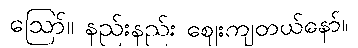
ဪ။ နည်းနည်း ဈေးကျတယ်နော်။